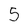
Character: 5